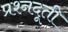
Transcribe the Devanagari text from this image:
प्रश्नदूती